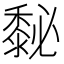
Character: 𪏺